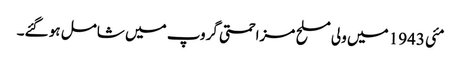
مئی 1943 میں ولی مسلح مزاحمتی گروپ میں شامل ہو گئے۔